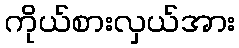
ကိုယ်စားလှယ်အား